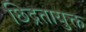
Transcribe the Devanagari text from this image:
छिद्रतायुक्त